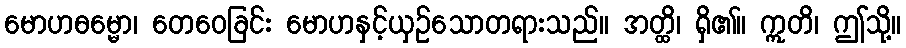
မောဟဓမ္မော၊ တေဝေခြင်း မောဟနှင့်ယှဉ်သောတရားသည်။ အတ္ထိ၊ ရှိ၏။ ဣတိ၊ ဤသို့။